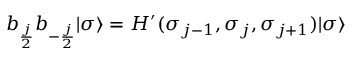
b _ { { \frac { j } { 2 } } } b _ { - { \frac { j } { 2 } } } | \sigma \rangle = H ^ { \prime } ( \sigma _ { j - 1 } , \sigma _ { j } , \sigma _ { j + 1 } ) | \sigma \rangle